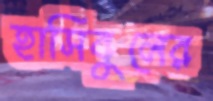
হাসিবুলের